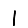
Digit: 1